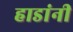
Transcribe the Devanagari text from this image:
हाडांनी